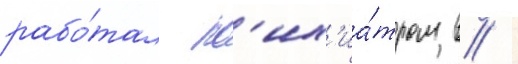
рабо́тал пс'их'иа́тром в /